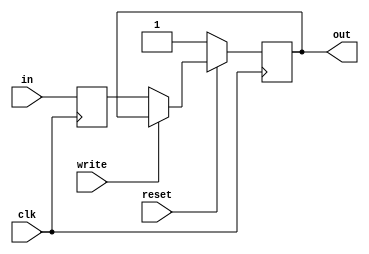
module reg1_1(clk, out, in, write, reset);

	output reg out;

	input      in;
	input      clk, write, reset;
	
	reg indata;
	
	always @(negedge clk)
		indata = in;
	
	always@(posedge clk) 
		begin
			if(reset==0)
				begin
					out = 1'b1;
				end
			else if(write == 1'b0) 
				begin
					out = indata;
				end
		end
	
endmodule